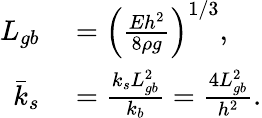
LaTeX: \begin{array}{rl}{L_{gb}}&{{}=\left(\frac{Eh^{2}}{8\rho g}\right)^{1/3},}\\ {\bar{k}_{s}}&{{}=\frac{k_{s}L_{gb}^{2}}{k_{b}}=\frac{4L_{gb}^{2}}{h^{2}}.}\end{array}